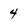
Character: 4